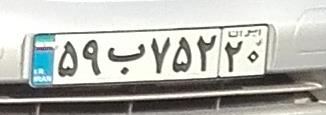
۵۹ب۷۵۲۲۰